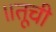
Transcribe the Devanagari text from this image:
॥तूची